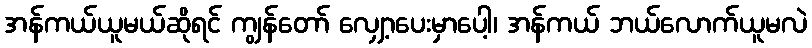
အန်ကယ်ယူမယ်ဆိုရင် ကျွန်တော် လျှော့ပေးမှာပေါ့၊ အန်ကယ် ဘယ်လောက်ယူမလဲ